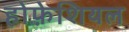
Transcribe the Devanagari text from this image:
होफ़ेशियल